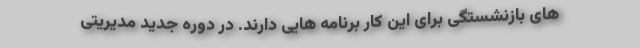
های بازنشستگی برای این کار برنامه هایی دارند. در دوره جدید مدیریتی